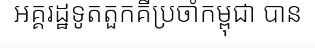
អគ្គរដ្ឋទូតតួកគីប្រចាំកម្ពុជា បាន